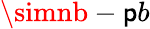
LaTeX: \simnb-\mathsf{p}b